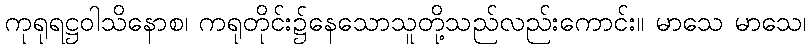
ကုရုရဋ္ဌဝါသိနောစ၊ ကရုတိုင်း၌နေသောသူတို့သည်လည်းကောင်း။ မာသေ မာသေ၊